Report on horse surra - Volume I
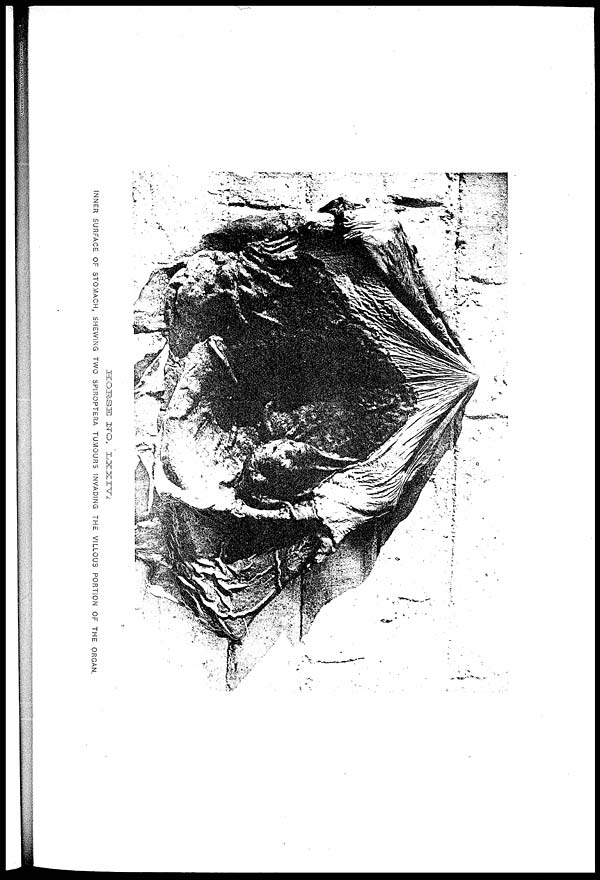
HORSE
NO.
LXXIV.
INNER SURFACE OF STOMACH, SHEWING TWO SPIROPTERA TUMOURS INVADING THE VILLOUS PORTION OF THE ORGAN.